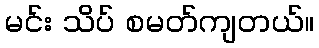
မင်း သိပ် စမတ်ကျတယ်။